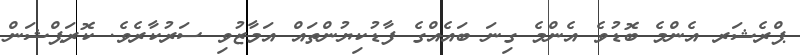
ޕްރެޝަރ އެންމެ ބޮޑުވެ އެންމެ ގިނަ ބައެއްގެ ފާޑުކިޔުންތައް އަމާޒުވި ސަރުކާރެވެ. ކޮރަޕްޝަން